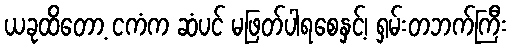
ယခုထိတော့ ငကံက ဆံပင် မဖြတ်ပါရစေနှင့်၊ ရှမ်းတဘက်ကြီး